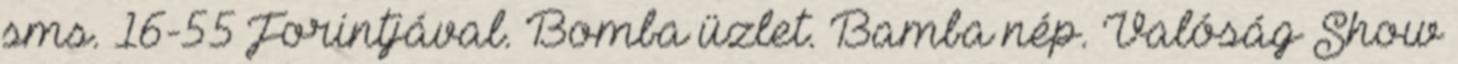
sms. 16-55 Forintjával. Bomba üzlet. Bamba nép. Valóság Show